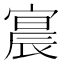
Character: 𫳳